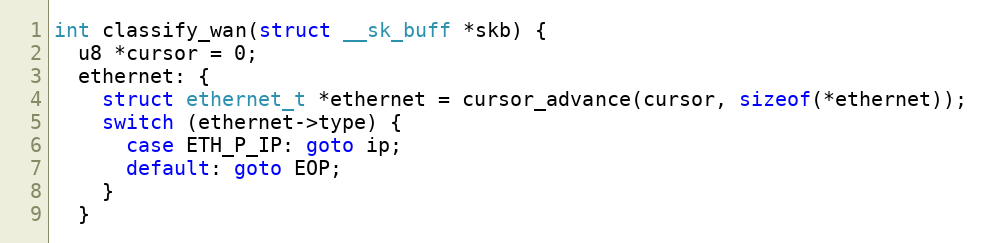
Language: C
int classify_wan(struct __sk_buff *skb) {
  u8 *cursor = 0;
  ethernet: {
    struct ethernet_t *ethernet = cursor_advance(cursor, sizeof(*ethernet));
    switch (ethernet->type) {
      case ETH_P_IP: goto ip;
      default: goto EOP;
    }
  }